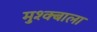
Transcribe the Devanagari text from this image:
मुश्क्बाला